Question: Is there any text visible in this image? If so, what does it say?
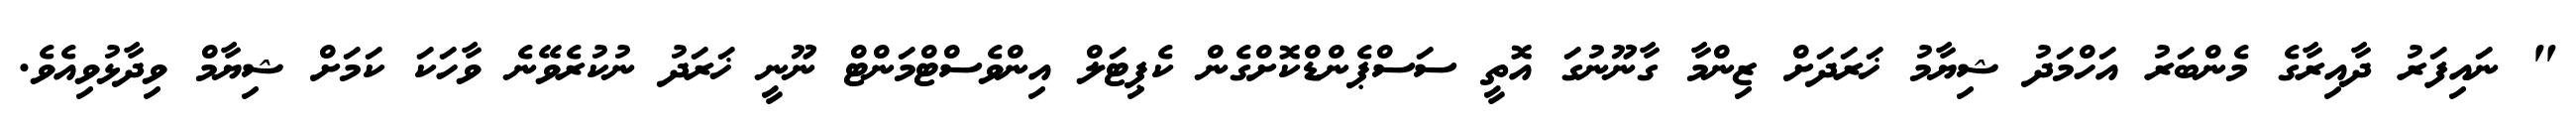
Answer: " ނައިފަރު ދާއިރާގެ މެންބަރު އަހްމަދު ޝިޔާމު ޚަރަދަށް ޒިންމާ ގާނޫނުގަ އޮތީ ސަސްޕެންޑްކޮށްގެން ކެޕިޓަލް އިންވެސްޓްމަންޓް ނޫނީ ޚަރަދު ނުކުރެވޭނެ ވާހަކަ ކަމަށް ޝިޔާމް ވިދާޅުވިއެވެ.